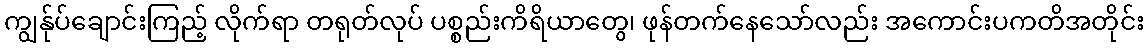
ကျွန်ုပ်ချောင်းကြည့် လိုက်ရာ တရုတ်လုပ် ပစ္စည်းကိရိယာတွေ၊ ဖုန်တက်နေသော်လည်း အကောင်းပကတိအတိုင်း